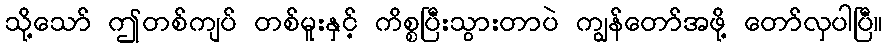
သို့သော် ဤတစ်ကျပ် တစ်မူးနှင့် ကိစ္စပြီးသွားတာပဲ ကျွန်တော်အဖို့ တော်လှပါပြီ။